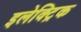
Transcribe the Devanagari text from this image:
इलेक्‍ट्रिक